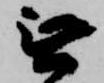
無